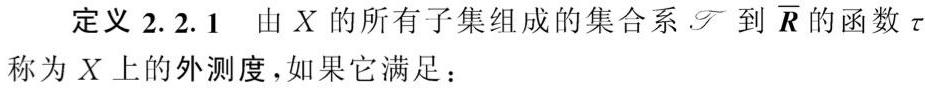
定义 2.2.1 由 \(X\) 的所有子集组成的集合系 \(\mathscr{T}\) 到 \(\overline{\boldsymbol{R}}\) 的函数 \(\tau\) 称为 \(X\) 上的外测度，如果它满足：